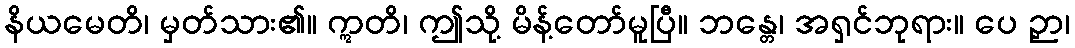
နိယမေတိ၊ မှတ်သား၏။ ဣတိ၊ ဤသို့ မိန့်တော်မူပြီ။ ဘန္တေ၊ အရှင်ဘုရား။ ပေ ဉှာ၊